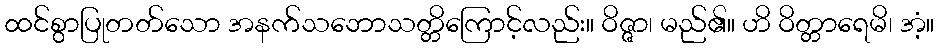
ထင်စွာပြုတတ်သော အနက်သဘောသတ္တိကြောင့်လည်း။ ဝိဇ္ဇာ၊ မည်၏။ ဟိ ဝိတ္တာရေမိ၊ အံ့။